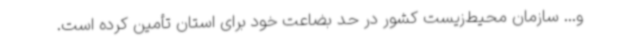
و... سازمان محیط‌زیست کشور در حد بضاعت خود برای استان تأمین کرده است.